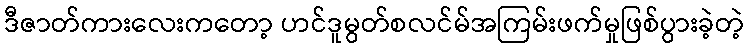
ဒီဇာတ်ကားလေးကတော့ ဟင်ဒူမွတ်စလင်မ်အကြမ်းဖက်မှုဖြစ်ပွားခဲ့တဲ့